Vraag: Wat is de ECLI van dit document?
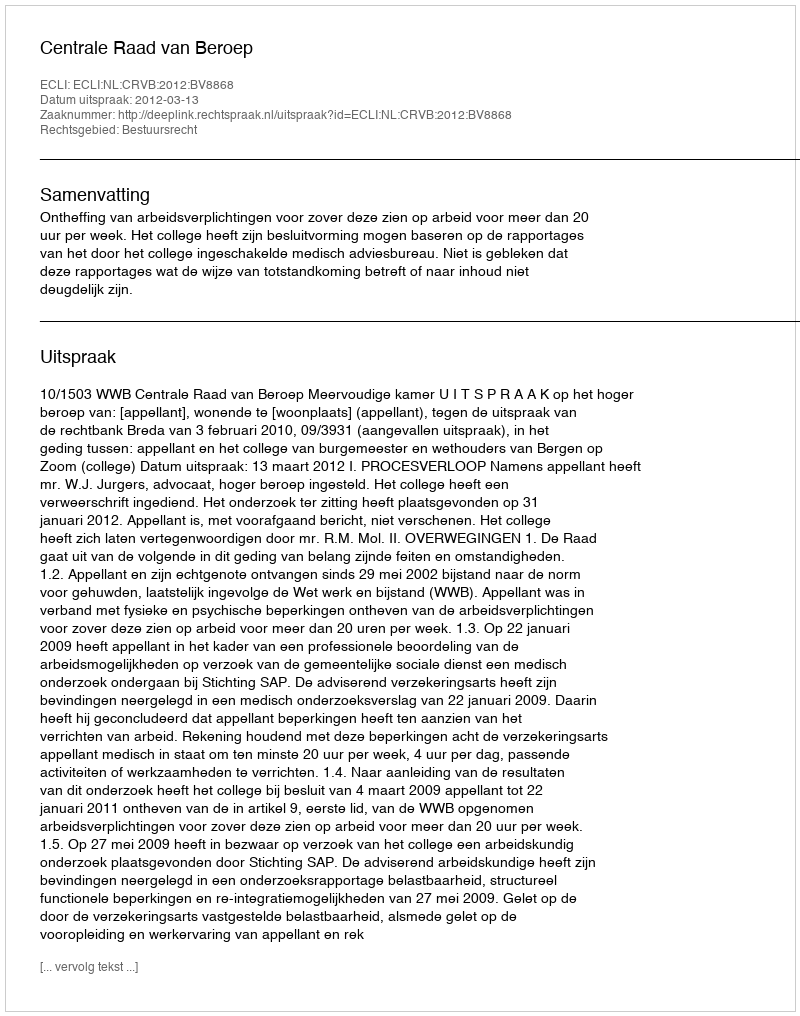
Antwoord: ECLI:NL:CRVB:2012:BV8868